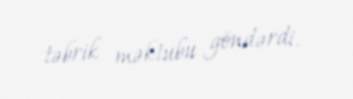
təbrik məktubu göndərdi.